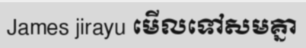
James jirayu មើលទៅសមគ្នា